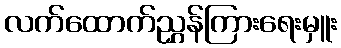
လက်ထောက်ညွှန်ကြားရေးမှူး